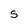
Character: S